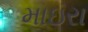
માઇરા